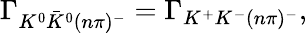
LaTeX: \Gamma_{K^{0}\bar{K}^{0}(n\pi)^{-}}=\Gamma_{K^{+}K^{-}(n\pi)^{-}},